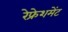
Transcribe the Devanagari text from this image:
रेफ्रेशमेंट